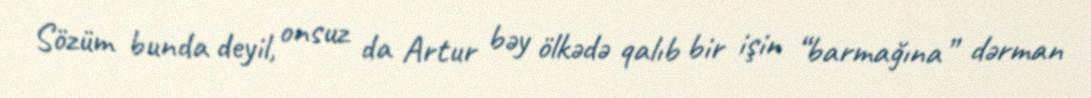
Sözüm bunda deyil, onsuz da Artur bəy ölkədə qalıb bir işin “barmağına” dərman